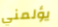
يؤلمني